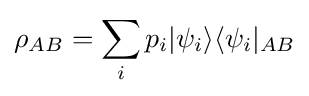
\rho _{AB}=\sum _{i}p_{i}|\psi _{i}\rangle \langle \psi _{i}|_{AB}